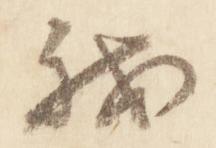
我